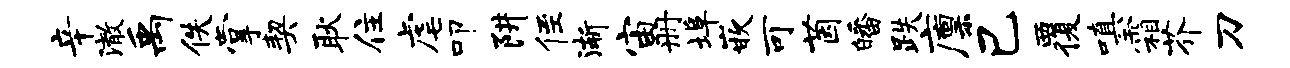
辛澈禹佚掌契耿住虐叩阱侄渐宙册埠嵌可茵皤跌廪己覆嗔霜芥刀